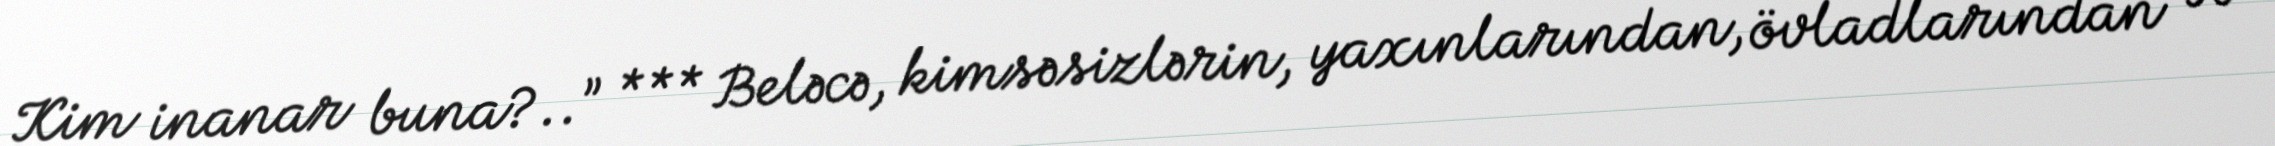
Kim inanar buna?..” *** Beləcə, kimsəsizlərin, yaxınlarından, övladlarından və